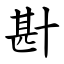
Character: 卙